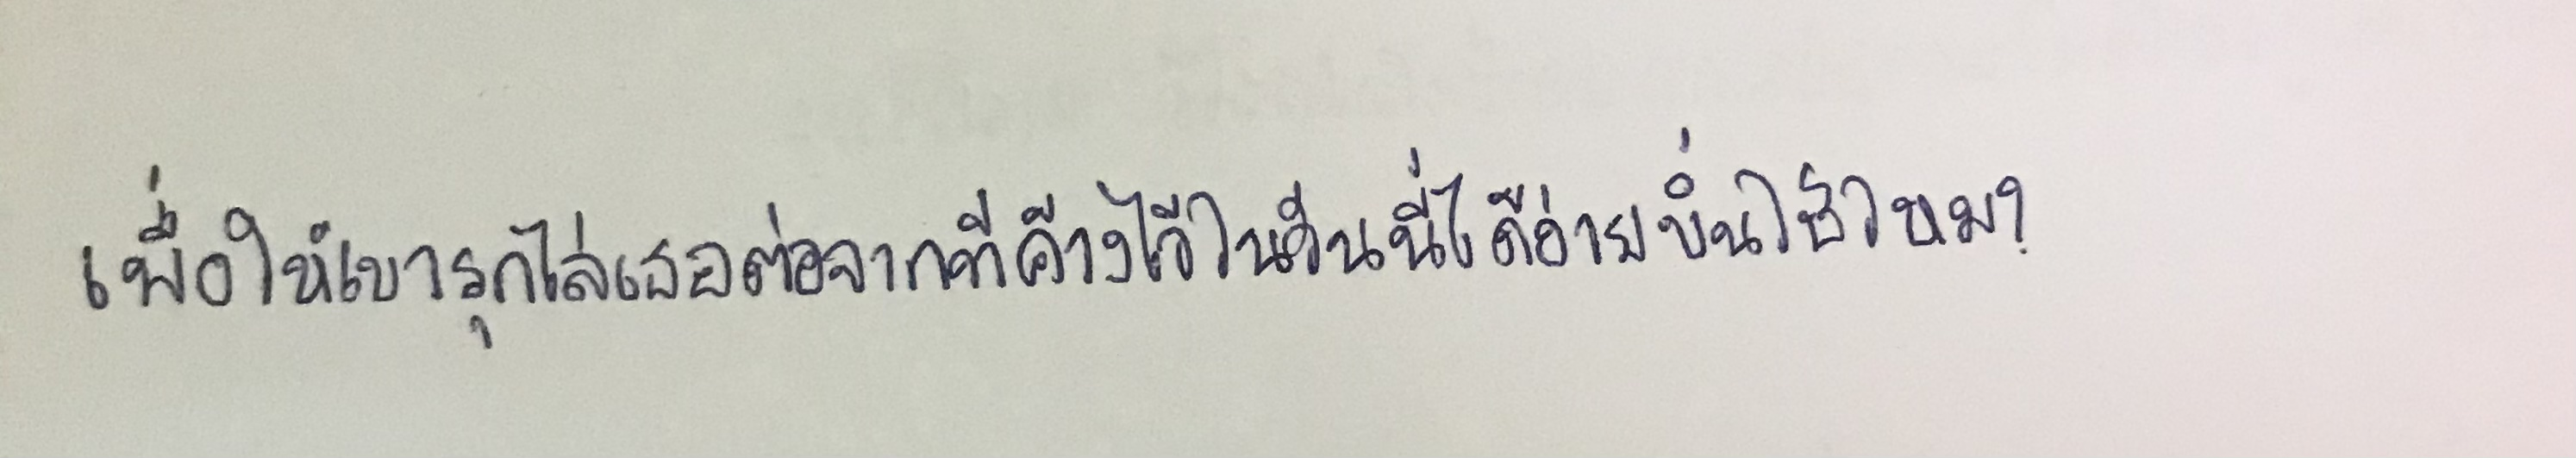
เพื่อให้เขารุกไล่เธอต่อจากที่ค้างไว้ในวันนี้ได้ง่ายขึ้นใช่ไหม?